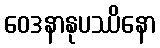
ဝေဒနာနုပဿိနော